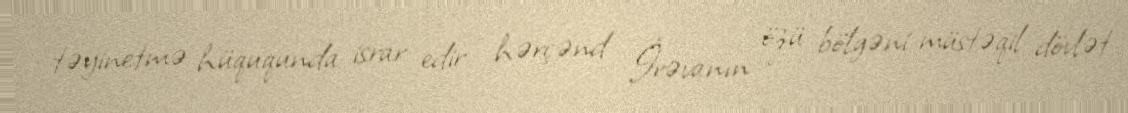
təyinetmə hüququnda israr edir - hərçənd İrəvanın özü bölgəni müstəqil dövlət